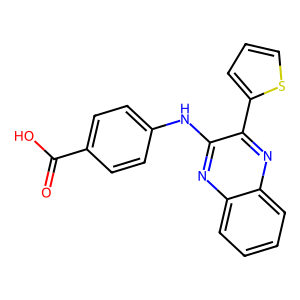
SMILES: O=C(O)c1ccc(Nc2nc3ccccc3nc2-c2cccs2)cc1
Inhibits HIV replication: No